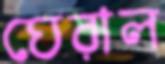
ঘেরাল